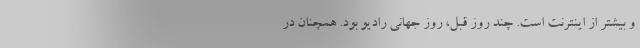
و بیشتر از اینترنت است. چند روز قبل، روز جهانی رادیو بود. همچنان در